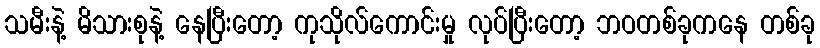
သမီးနဲ့ မိသားစုနဲ့ နေပြီးတော့ ကုသိုလ်ကောင်းမှု လုပ်ပြီးတော့ ဘဝတစ်ခုကနေ တစ်ခု